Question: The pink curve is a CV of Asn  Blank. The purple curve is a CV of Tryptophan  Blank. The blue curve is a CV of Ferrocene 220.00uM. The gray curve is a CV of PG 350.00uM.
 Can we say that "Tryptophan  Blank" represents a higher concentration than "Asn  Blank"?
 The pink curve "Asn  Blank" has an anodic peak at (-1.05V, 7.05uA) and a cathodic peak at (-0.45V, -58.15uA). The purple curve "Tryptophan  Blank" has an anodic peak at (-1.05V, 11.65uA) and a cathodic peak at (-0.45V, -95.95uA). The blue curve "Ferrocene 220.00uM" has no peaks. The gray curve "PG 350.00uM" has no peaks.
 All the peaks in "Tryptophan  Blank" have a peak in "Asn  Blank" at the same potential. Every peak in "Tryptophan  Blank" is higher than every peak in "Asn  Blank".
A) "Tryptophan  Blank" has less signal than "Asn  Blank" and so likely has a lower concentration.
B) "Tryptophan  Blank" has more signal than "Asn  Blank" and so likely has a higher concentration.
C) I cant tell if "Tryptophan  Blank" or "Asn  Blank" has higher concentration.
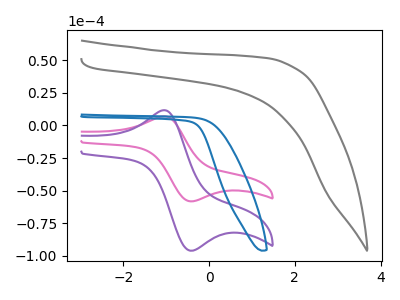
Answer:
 <answer>B) "Tryptophan  Blank" has more signal than "Asn  Blank" and so likely has a higher concentration.</answer>
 <eval>B</eval>